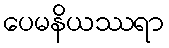
ပေမနိယဿရာ